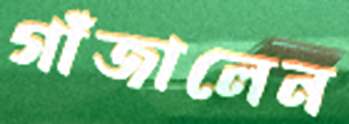
গাঁজালেন